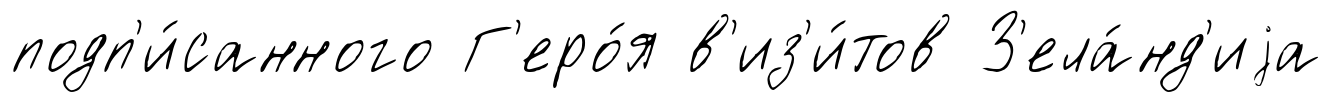
подп'и́санного Г'еро́я в'из'и́тов З'ела́нд'иjа